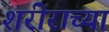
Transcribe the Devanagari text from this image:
शरीराच्या